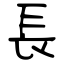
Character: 長